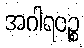
အဂါရဝဉ္စ